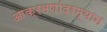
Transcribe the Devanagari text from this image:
आक्रमणांदरम्यान